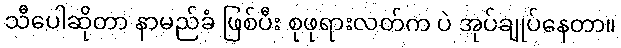
သီပေါဆိုတာ နာမည်ခံ ဖြစ်ပီး စုဖုရားလတ်က ပဲ အုပ်ချုပ်နေတာ။